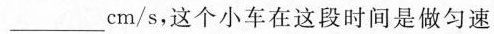
___cm/s，这个小车在这段时间是做匀速